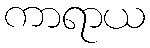
ကာရာယ